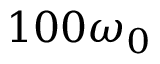
1 0 0 \omega _ { 0 }